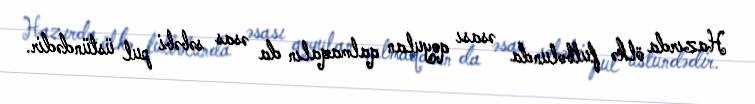
Hazırda ölkə futbolunda əsası qoyulan qalmaqalın da əsas səbəbi pul üstündədir.